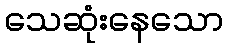
သေဆုံးနေသော